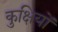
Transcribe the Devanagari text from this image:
कुक्षियों